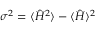
\sigma ^ { 2 } = \langle \hat { H } ^ { 2 } \rangle - \langle \hat { H } \rangle ^ { 2 }